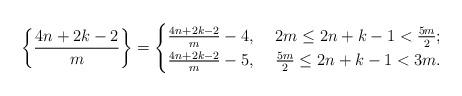
LaTeX: \begin{align*}\left\{\frac{4n+2k-2}{m}\right\}=\begin{cases} \frac{4n+2k-2}{m}-4,& ~2m\leq 2n+k-1<\frac{5m}{2};\\ \frac{4n+2k-2}{m}-5,& ~\frac{5m}{2}\leq 2n+k-1<3m.\end{cases}\end{align*}